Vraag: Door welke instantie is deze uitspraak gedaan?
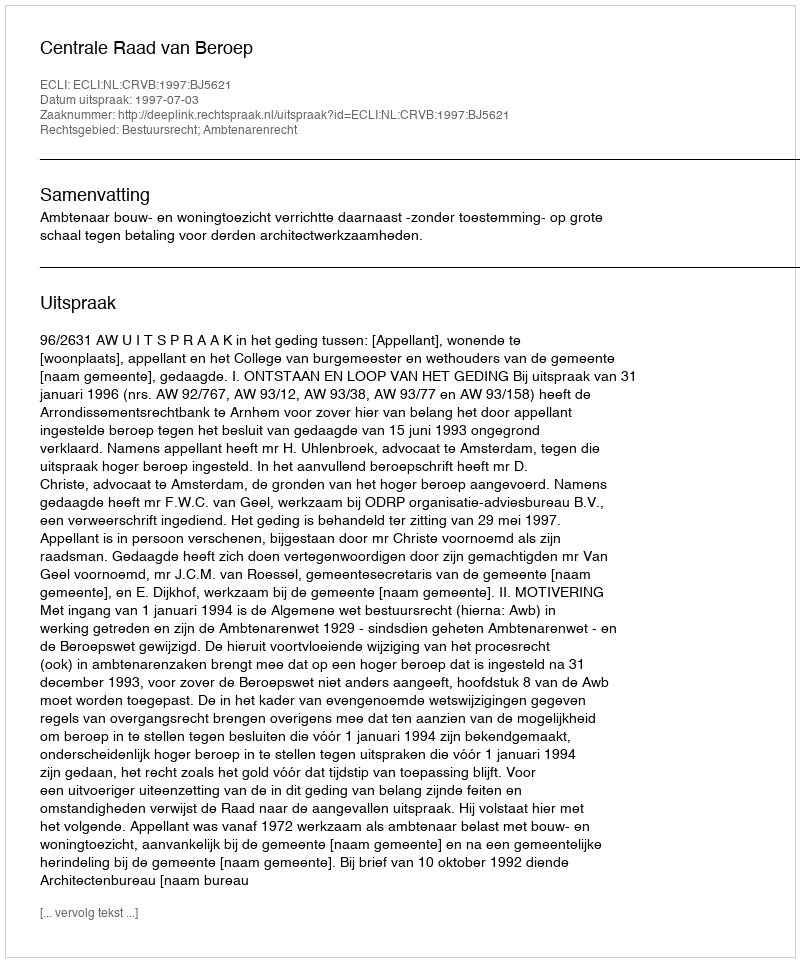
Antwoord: Centrale Raad van Beroep